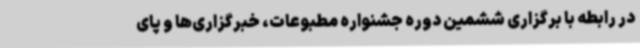
در رابطه با برگزاری ششمین دوره جشنواره مطبوعات، خبرگزاری‌ها و پای